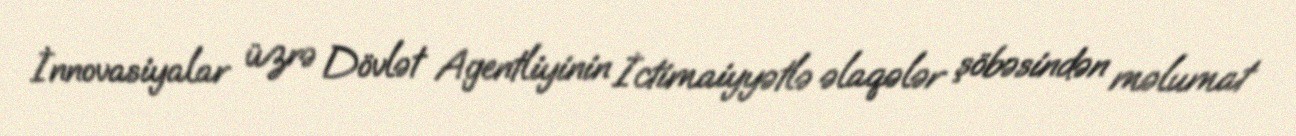
İnnovasiyalar üzrə Dövlət Agentliyinin İctimaiyyətlə əlaqələr şöbəsindən məlumat